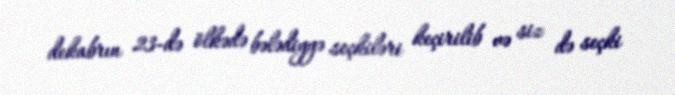
dekabrın 23-də ölkədə bələdiyyə seçkiləri keçirilib və siz də seçki